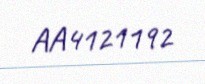
AA4121192